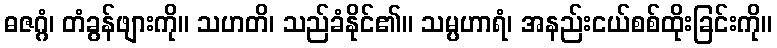
ဓဇဂ္ဂံ၊ တံခွန်ဖျားကို။ သဟတိ၊ သည်ခံနိုင်၏။ သမ္ပဟာရံ၊ အနည်းငယ်စစ်ထိုးခြင်းကို။